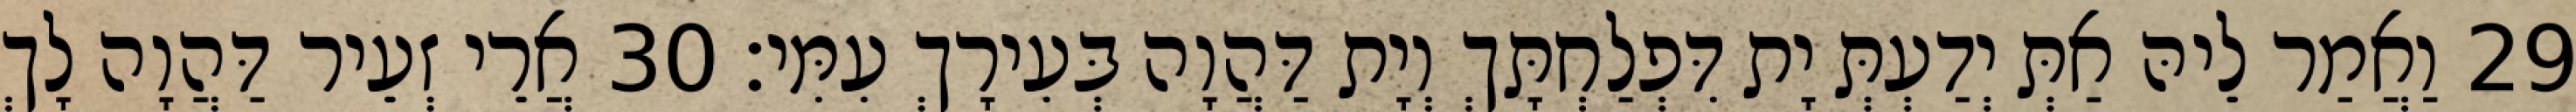
29 וַאֲמַר לֵיהּ אַתְּ יְדַעְתְּ יָת דִּפְלַחְתָּךְ וְיָת דַּהֲוָה בְּעִירָךְ עִמִּי׃ 30 אֲרֵי זְעֵיר דַּהֲוָה לָךְ